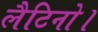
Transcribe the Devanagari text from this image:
लैटिनो।